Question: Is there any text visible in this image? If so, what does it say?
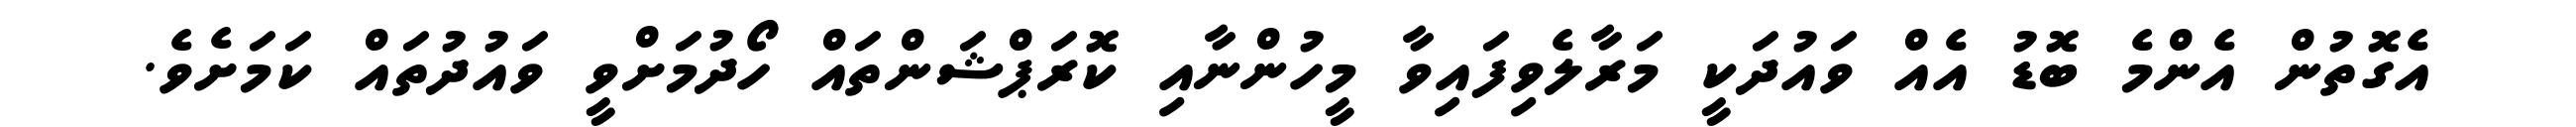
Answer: އެގޮތުން އެންމެ ބޮޑު އެއް ވައުދަކީ މަރާލެވިފައިވާ މީހުންނާއި ކޮރަޕްޝަންތައް ހޯދުމަށްވީ ވައުދުތައް ކަމަށެވެ.